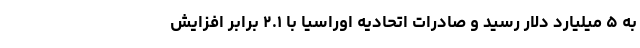
به ۵ میلیارد دلار رسید و صادرات اتحادیه اوراسیا با ۲.۱ برابر افزایش